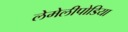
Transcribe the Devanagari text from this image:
लेमेलीपोडिया